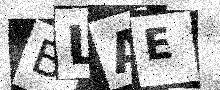
Text: BLAE